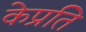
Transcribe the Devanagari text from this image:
केप्रति